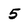
Character: 5